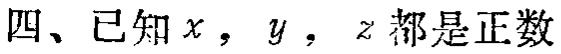
四、已知\(x\)，\(y\)，\(z\)都是正数